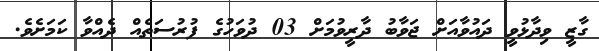
ގާޒީ ވިދާޅުވީ ދައުވާއަށް ޖަވާބު ދާރީވުމަށް 03 ދުވަހުގެ ފުރުސަތެއް ދެއްވާ ކަަމަށެވެ.